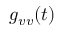
g _ { v v } ( t )